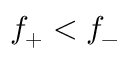
f _ { + } < f _ { - }